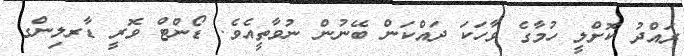
ރައްދު ކޮށްލީ ހުމާގެ ވާހަކަ ދައްކަން ބޭނުން ނުވާތީއެވެ. ޑޯންޓް ވޮރީ ޑާރލިންގ